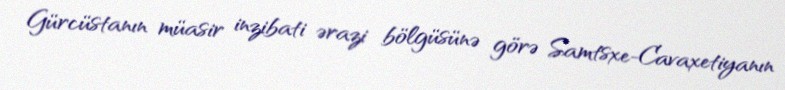
Gürcüstanın müasir inzibati ərazi bölgüsünə görə Samtsxe-Cavaxetiyanın